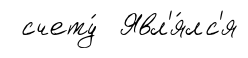
счету́ Явл'я́лс'я